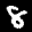
Label: 8